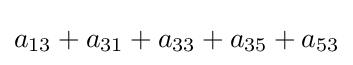
a_{13}+a_{31}+a_{33}+a_{35}+a_{53}